Indian journal of veterinary science and animal husbandry - Volumes 24-25, 1954-1955
Year: 1954
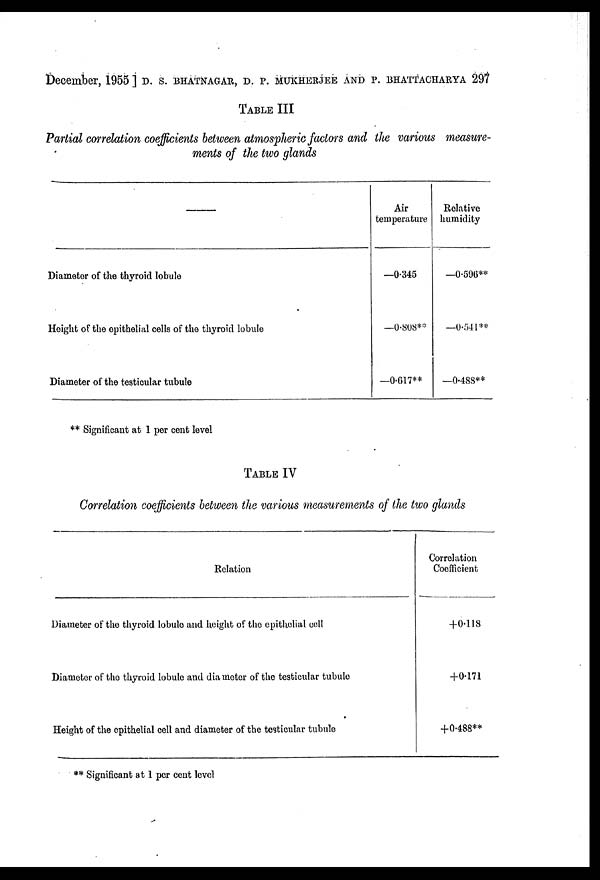
December, 1955 ] D. S. BHATNAGAR, D. P. MUKHERJEE AND P. BHATTACHARYA 297
TABLE III
Partial correlation coefficients between atmospheric factors and the various measure-
ments of the two glands
Diameter of the thyroid lobule
Height of the opithelial cells of the thyroid lobule
Diameter of the testicular tubule
Air
temperature
—0.345
—0.808**
—0.617**
Relative
humidity
—0.596**
—0.541**
—0.488**
**Significant at 1 per cent level
TABLE IV
Correlation coefficients between the various measurements of the two glands
Relation
Diameter of the thyroid lobule and height of the epithelial cell
Diameter of the thyroid lobule and diameter of the testicular tubule
Height of the epithelial cell and diameter of the testicular tubule
Correlation
Coefficient
+0.118
+0.171
+0.488**
** Significant at 1 per cent level